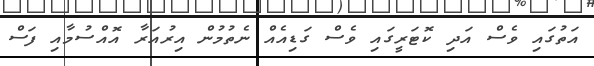
އަތުގައި ވެސް އަދި ކޮޓަރީގައި ވެސް ގަޑިއެއް ނެތުމުން އިރުއަރާ އޮއްސުމާއި ފަސް